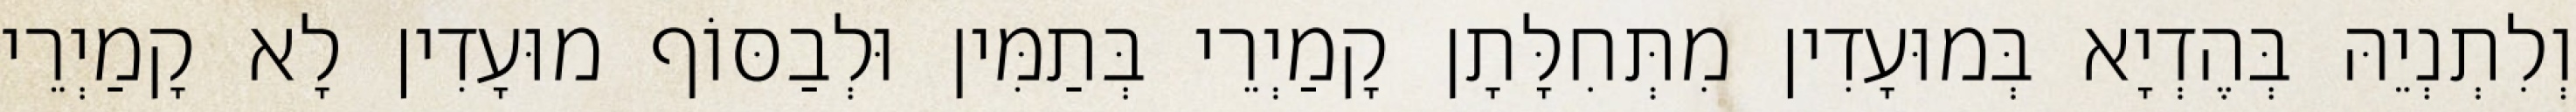
וְלִתְנְיֵהּ בְּהֶדְיָא בְּמוּעָדִין מִתְּחִלָּתָן קָמַיְרֵי בְּתַמִּין וּלְבַסּוֹף מוּעָדִין לָא קָמַיְרֵי